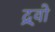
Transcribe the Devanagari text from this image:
द्र्वो